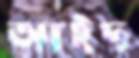
আইদ